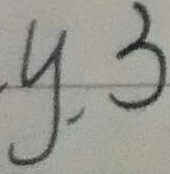
y . 3